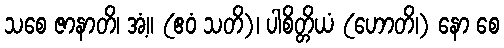
သစေ ဇာနာတိ၊ အံ့။ (ဧဝံ သတိ)၊ ပါစိတ္တိယံ (ဟောတိ၊) နော စေ